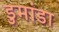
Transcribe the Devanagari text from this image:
डुमांडा